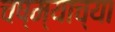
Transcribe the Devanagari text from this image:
चष्म्याच्या